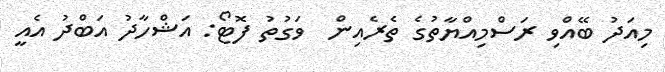
މިއަދު ބޭއްވި ރަސްމިއްޔާތުގެ ތެރެއިން  ވަގުތު ފޮޓޯ: އަޝްހާދު އަބްދު އެއީ